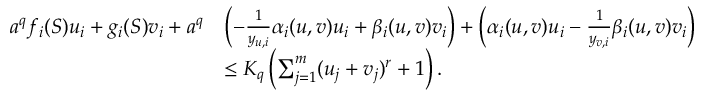
\begin{array} { r l } { a ^ { q } f _ { i } ( S ) u _ { i } + g _ { i } ( S ) v _ { i } + a ^ { q } } & { \left( - \frac { 1 } { y _ { u , i } } \alpha _ { i } ( u , v ) u _ { i } + \beta _ { i } ( u , v ) v _ { i } \right) + \left( \alpha _ { i } ( u , v ) u _ { i } - \frac { 1 } { y _ { v , i } } \beta _ { i } ( u , v ) v _ { i } \right) } \\ & { \le K _ { q } \left( \sum _ { j = 1 } ^ { m } ( u _ { j } + v _ { j } ) ^ { r } + 1 \right) . } \end{array}